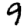
Digit: 9